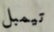
تيمبل